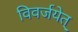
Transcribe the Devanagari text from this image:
विवर्जयेत्